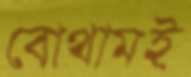
বোথামই